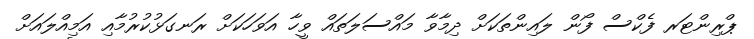
ޕްރިންޓަރ ފެކްސް ފޯން ލައިންތަކަށް ދިމާވާ މައްސަލަތައް ވީހާ އަވަހަކަށް ރަނގަޅުކުރުމާއި އަމިއްލައަށް